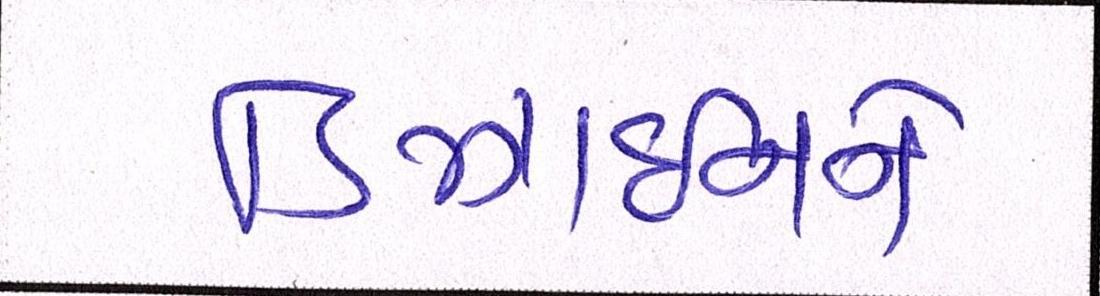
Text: ડિઝાઈનને